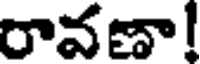
రావణా!